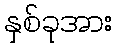
နှစ်ခုအား